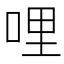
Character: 哩